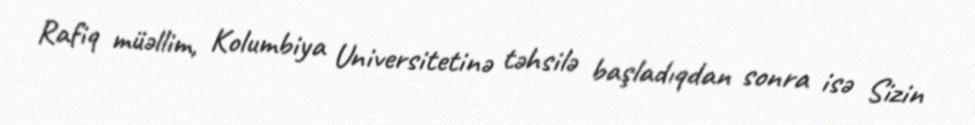
Rafiq müəllim, Kolumbiya Universitetinə təhsilə başladıqdan sonra isə Sizin